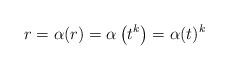
LaTeX: \begin{align*}r = \alpha(r) = \alpha\left( t^k\right) = \alpha(t)^k \end{align*}